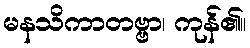
မနသိကာတဗ္ဗာ၊ ကုန်၏။